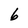
Character: 6